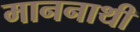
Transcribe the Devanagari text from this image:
माननाथी